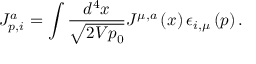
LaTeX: J _ { p , i } ^ { a } = \int \frac { d ^ { 4 } x } { \sqrt { 2 V p _ { 0 } } } J ^ { \mu , a } \left( x \right) \epsilon _ { i , \mu } \left( p \right) .